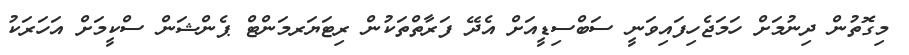
މިގޮތުން ދިނުމަށް ހަމަޖެހިފައިވަނީ ސަބްސިޑީއަށް އެދޭ ފަރާތްތަކުން ރިޓަޔަރމަންޓް ޕެންޝަން ސްކީމަށް އަހަރަކު